Juri_Uluots, lk 162
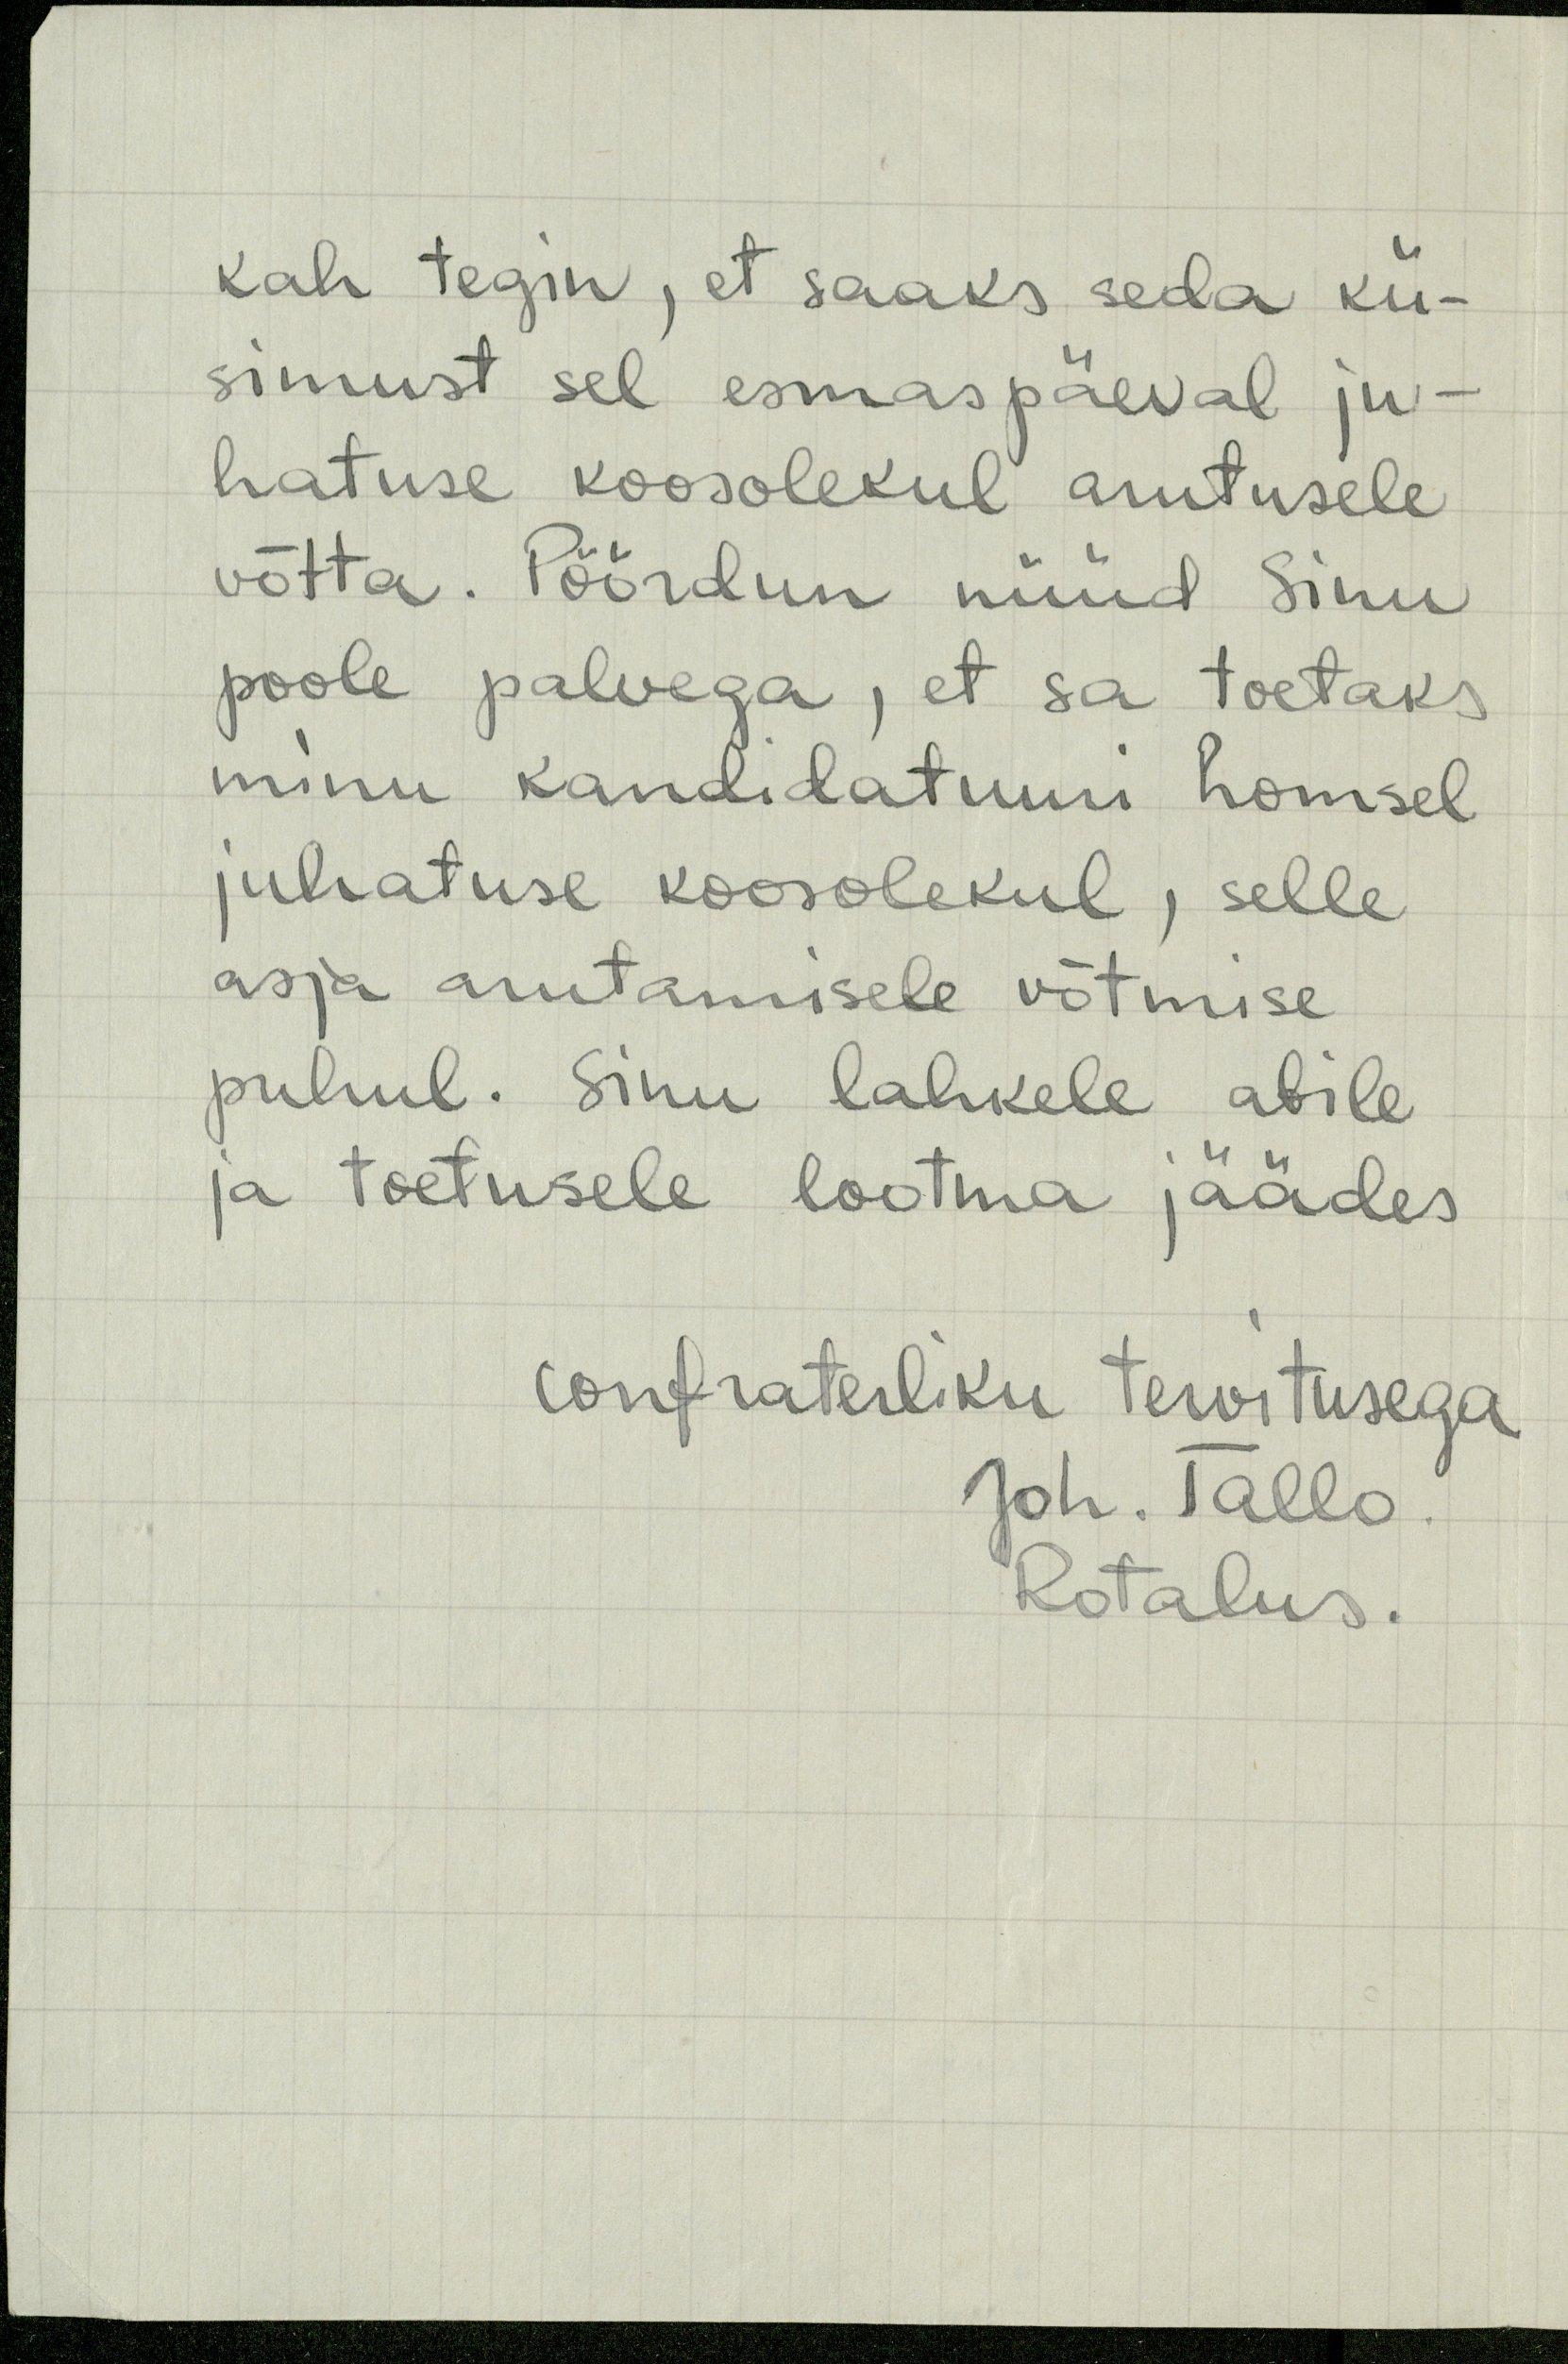
kah tegin, et saaks seda kü-
simust sel esmaspäeval ju-
hatuse koosolekul arutusele
võtta. Pöördun nüüd Sinu
poole palvega, et sa toetaks
minu kandidatuuri homsel
juhatuse koosolekul, selle
asja arutamisele võtmise
puhul. Sinu lahkele abile
ja toetusele lootma jäädes
confraterliku tervitusega
Joh. Tallo
Rotalus.